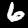
Digit: 6